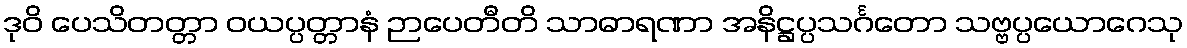
ဒုဝိ ပေသိတတ္တာ ဝယပ္ပတ္တာနံ ဉာပေတီတိ သာဓာရဏာ အနိဋ္ဌပ္ပသင်္ဂတော သဗ္ဗပ္ပယောဂေသု